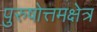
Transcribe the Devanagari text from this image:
पुरुषोत्तमक्षेत्र